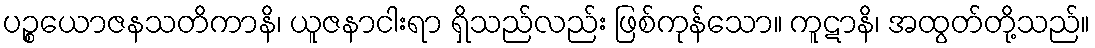
ပဉ္စယောဇနသတိကာနိ၊ ယူဇနာငါးရာ ရှိသည်လည်း ဖြစ်ကုန်သော။ ကူဋာနိ၊ အထွတ်တို့သည်။